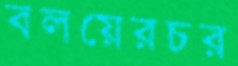
বলয়েরচর